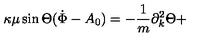
\kappa \mu \sin \Theta ( \dot { \Phi } - A _ { 0 } ) = - { \frac { 1 } { m } } \partial _ { k } ^ { 2 } \Theta +